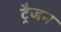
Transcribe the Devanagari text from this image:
ट्रैजन